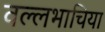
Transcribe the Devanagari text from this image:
वल्लभाचिया